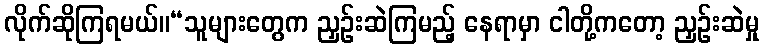
လိုက်ဆိုကြရမယ်။“သူများတွေက ညှဉ်းဆဲကြမည့် နေရာမှာ ငါတို့ကတော့ ညှဉ်းဆဲမှု